Lunatic asylums United Provinces 1909-1921 - 1909-1921
Year: 1909
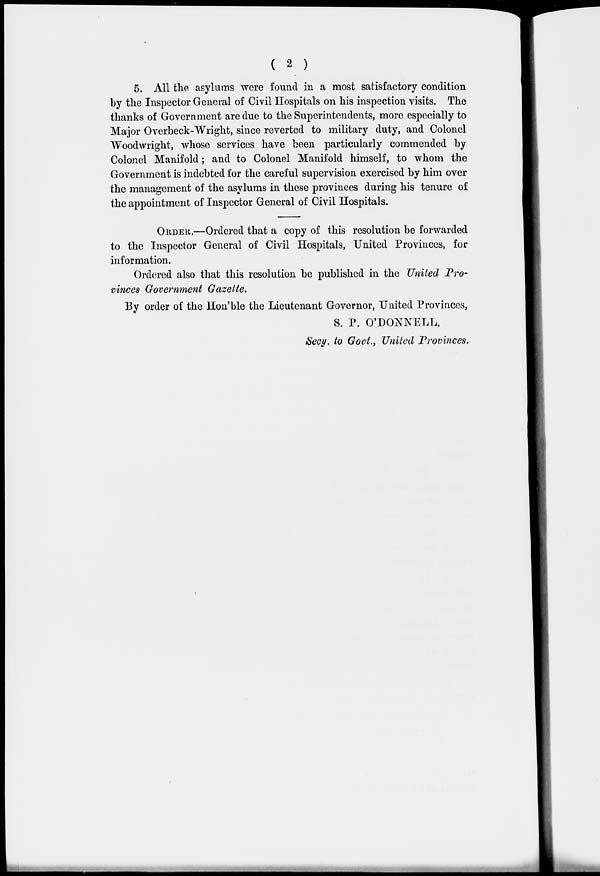
( 2 )
5. All the asylums were found in a most satisfactory condition
by the Inspector General of Civil Hospitals on his inspection visits. The
thanks of Government are due to the Superintendents, more especially to
Major Overbeck-Wright, since reverted to military duty, and Colonel
Woodwright, whose services have been particularly commended by
Colonel Manifold; and to Colonel Manifold himself, to whom the
Government is indebted for the careful supervision exercised by him over
the management of the asylums in these provinces during his tenure of
the appointment of Inspector General of Civil Hospitals.
ORDER.—Ordered that a copy of this resolution be forwarded
to the Inspector General of Civil Hospitals, United Provinces, for
information.
Ordered also that this resolution be published in the United Pro-
vinces Government Gazette.
By order of the Hon'ble the Lieutenant Governor, United Provinces,
S. P. O'DONNELL ,
Secy. to Govt., United Provinces.